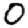
Digit: 0